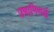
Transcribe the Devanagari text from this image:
उषानिरुद्धं